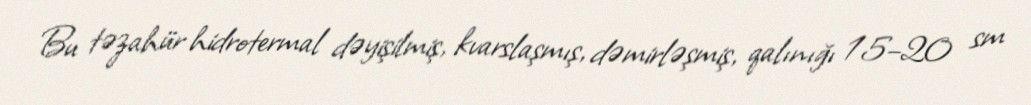
Bu təzahür hidrotermal dəyişilmiş, kvarslaşmış, dəmirləşmiş, qalınığı 15–20 sm